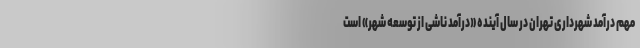
مهم درآمد شهرداری تهران در سال آینده «درآمد ناشی از توسعه شهر» است